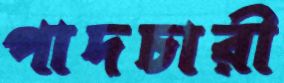
পাদচারী